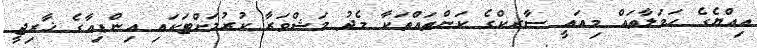
އިއްޔެގެ ހަމަލާތައް މިއައީ ސާރކްގެ ކަންތައްތަކާ މެދު މަޝްވަރާ ކުރުމަށްޓަކައި އިންޑިއާގެ ޚާރިޖީ